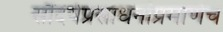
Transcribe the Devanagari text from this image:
सौंदर्यप्रसाधनांप्रमाणेच